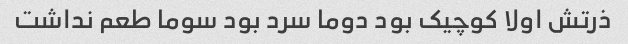
ذرتش اولا کوچیک بود دوما سرد بود سوما طعم نداشت